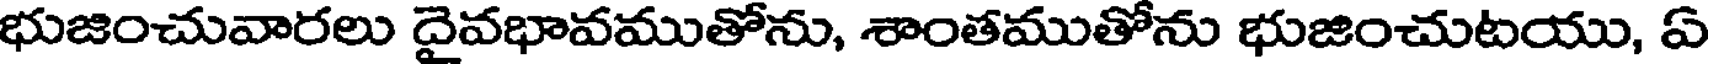
భుజించువారలు దైవభావముతోను, శాంతముతోను భుజించుటయు, ఏ